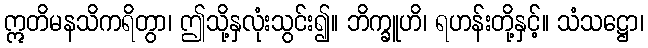
ဣတိမနသိကရိတွာ၊ ဤသို့နှလုံးသွင်း၍။ ဘိက္ခူဟိ၊ ရဟန်းတို့နှင့်။ သံသဋ္ဌော၊